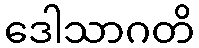
ဒေါသာဂတိ